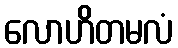
လောဟိတမလံ